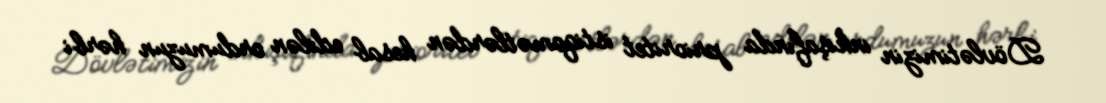
Dövlətimizin inkişafında prioritet istiqamətlərdən hesab edilən ordumuzun hərbi